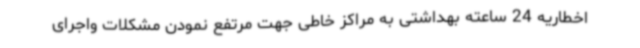
اخطاریه 24 ساعته بهداشتی به مراکز خاطی جهت مرتفع نمودن مشکلات واجرای